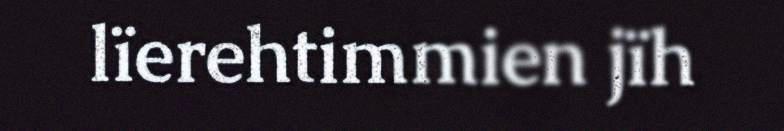
lïerehtimmien jïh